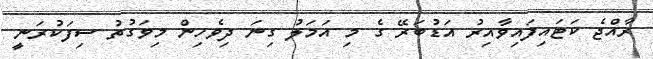
ރާއްޖެ ކަޓައިފައިވާއިރު އަޑުބަރޭ ގެ މި އަމަލު ގިނަ ދިވެހިން މިވަގުތު ސިފަކުރަނީ